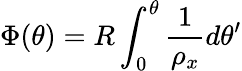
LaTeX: \Phi(\theta)=R\int_{0}^{\theta}\frac{1}{\rho_{x}}d\theta^{\prime}